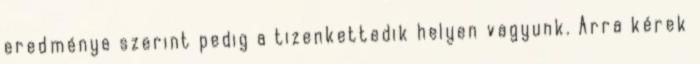
eredménye szerint pedig a tizenkettedik helyen vagyunk. Arra kérek